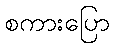
စကားပြော